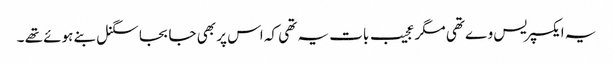
یہ ایکسپریس وے تھی مگر عجیب بات یہ تھی کہ اس پر بھی جا بجا سگنل بنے ہوئے تھے ۔